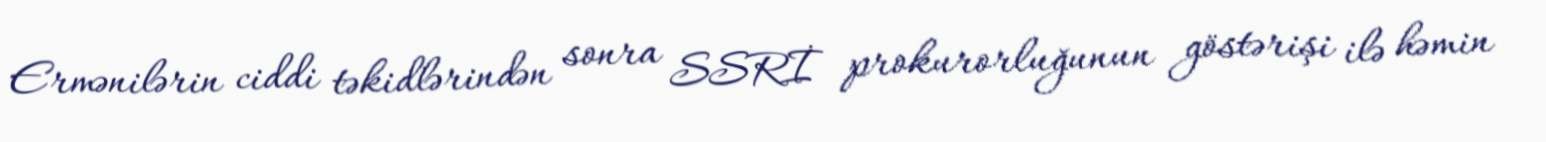
Ermənilərin ciddi təkidlərindən sonra SSRİ prokurorluğunun göstərişi ilə həmin